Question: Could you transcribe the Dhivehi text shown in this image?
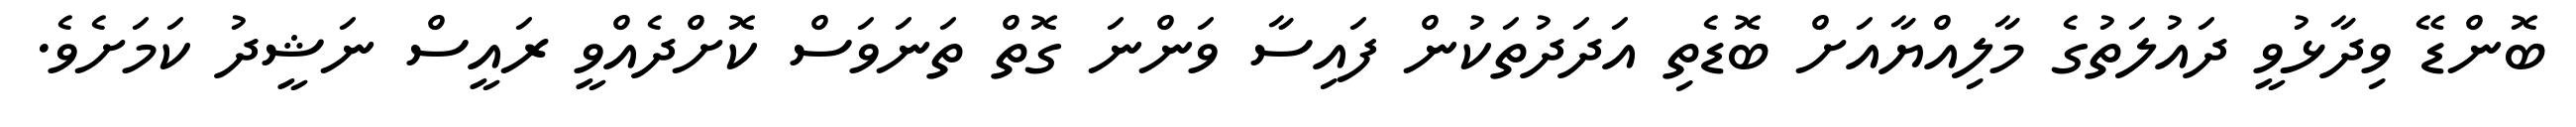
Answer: ބޮންޑޭ ވިދާޅުވީ ދައުލަތުގެ މާލިއްޔާއަށް ބޮޑެތި އަދަދުތަކުން ފައިސާ ވަންނަ ގޮތް ތަނަވަސް ކޮށްދެއްވީ ރައީސް ނަޝީދު ކަމަށެވެ.